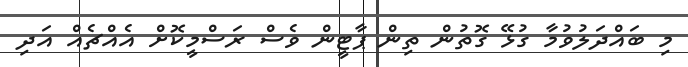
މި ބައްދަލުވުމާ ގުޅޭ ގޮތުން ތިން ޕާޓީން ވެސް ރަސްމީކޮށް އެއްޗެއް އަދި